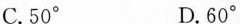
C.50° D.60°